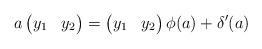
LaTeX: \begin{align*} a\begin{pmatrix}y_1 & y_2\end{pmatrix}=\begin{pmatrix}y_1 & y_2\end{pmatrix}\phi(a)+\delta^\prime(a)\end{align*}